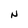
Character: N